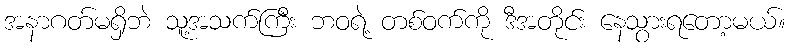
အနာဂတ်မရှိဘဲ သူ့အသက်ကြီး ဘဝရဲ့ တစ်ဝက်ကို ဒီအတိုင်း နေသွားရတော့မယ်။